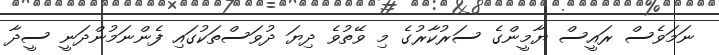
ނަމަވެސް ރައީސް ޔާމީންގެ ސަރުކާރުގެ މި ވޭތުވެ ދިޔަ ދުވަސްތަކުގައި ފެންނަމުންދަނީ ސީދާ